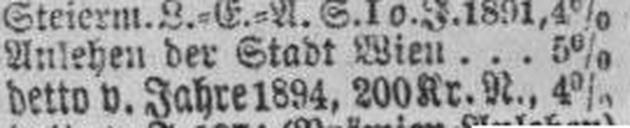
detto v. Jahre 1894, 200 Kr. N., 4%